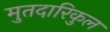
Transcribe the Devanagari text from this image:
मुतदारिकुल